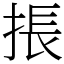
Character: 掁